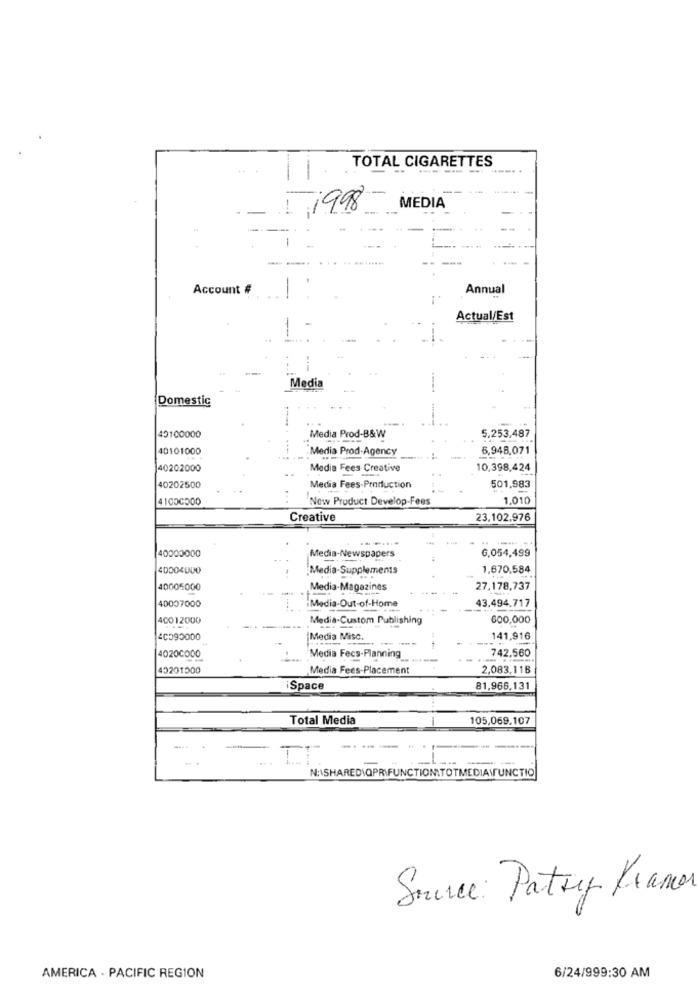
-
.. .
TOTAL CIGARETTES
.......
TI.
I 198
MEDIA
-
Account #
Annual
Actual/Est
--
Media
Domestic
5.253,487
40100000
Media Prod-B&W
40101000
"Media Prod-Agency
6,948,071
40202000
Media Fees Creative
10,398,424
40202500
Media Fees-Production
501,983
41000500
New Product Develop-Fees
1.010
Creative
23,102.976
40000000
G,054,499
Media-Newspapers
40004000
Media-Supplements
1,670,584
40005000
Media-Magazines
27.178,737
Media-Out-of-Home
40007000
43.494,717
40012000
Media-Custom Publishing
600,000
40590000
Media Misc.
141,916
40200000
Media Fecs-Planning
742,560
45201500
Media Fees-Placement
2,083,118
Space
81,966,131
Total Media
105,069,107
-
-.
--- -
-.
N:\SHARED\QPRIFUNCTIONITOTMEDIA\FUNCTIO
Source: Patry Kramer
6/24/999:30 AM
AMERICA - PACIFIC REGION